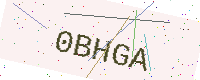
Text: 0BHGA